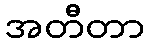
အတီတာ